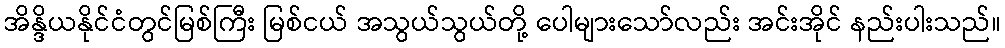
အိန္ဒိယနိုင်ငံတွင်မြစ်ကြီး မြစ်ငယ် အသွယ်သွယ်တို့ ပေါများသော်လည်း အင်းအိုင် နည်းပါးသည်။